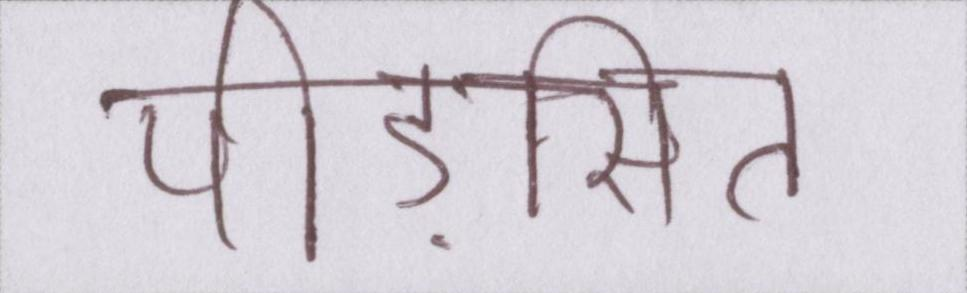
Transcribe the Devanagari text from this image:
पीड़ासित